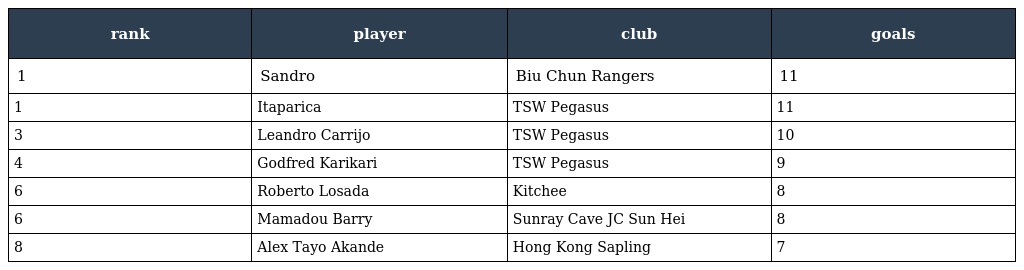
| rank | player | club | goals |
 | --- | --- | --- | --- |
 | 1 | Sandro | Biu Chun Rangers | 11 |
 | 1 | Itaparica | TSW Pegasus | 11 |
 | 3 | Leandro Carrijo | TSW Pegasus | 10 |
 | 4 | Godfred Karikari | TSW Pegasus | 9 |
 | 6 | Roberto Losada | Kitchee | 8 |
 | 6 | Mamadou Barry | Sunray Cave JC Sun Hei | 8 |
 | 8 | Alex Tayo Akande | Hong Kong Sapling | 7 |